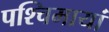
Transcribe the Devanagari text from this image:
पश्चिमायां